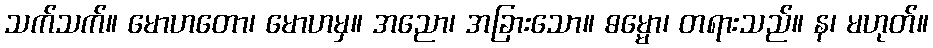
သက်သက်။ မောဟတော၊ မောဟမှ။ အညော၊ အခြားသော။ ဓမ္မော၊ တရားသည်။ န၊ မဟုတ်။